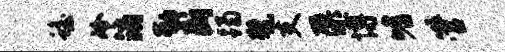
蟾冷消勒断躅甓支檗博嗜管